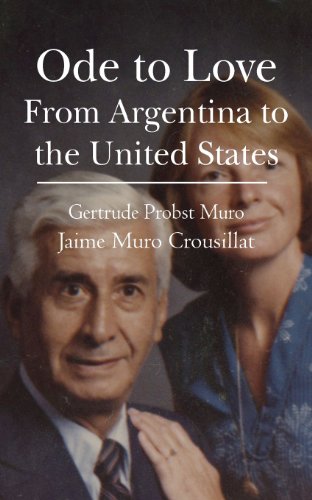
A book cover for Ode to Love: From Argentina to the United States; Gertrude Probst Muro; Crafts, Hobbies & Home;